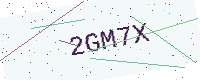
Text: 2GM7X